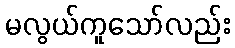
မလွယ်ကူသော်လည်း